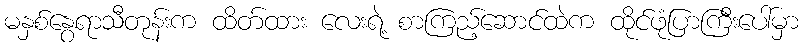
မနှစ်နွေရာသီတုန်းက ထိတ်ထား လေးရဲ့ စာကြည့်ဆောင်ထဲက ထိုင်ဖုံပြာကြီးပေါ်မှာ